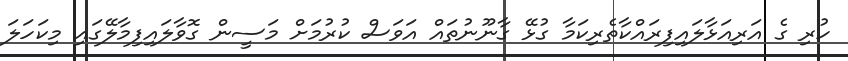
ހުރި ގެ އަރިއަޅާލައިފިރައްކާތެރިކަމާ ގުޅޭ ގާނޫނުތައް އަވަސް ކުރުމަށް މަސީން ގޮވާލައިފިމާލޭގައި މިކަހަލަ